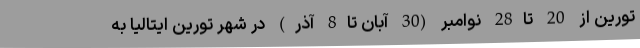
تورین از 20 تا28 نوامبر (30 آبان تا8 آذر) در شهر تورین ایتالیا به